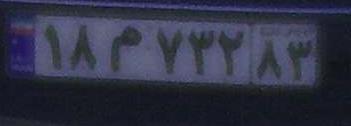
۱۸م۷۳۲۸۳